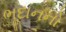
ભૂદાનનો